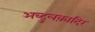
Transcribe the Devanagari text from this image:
अब्दुलक़ादिर